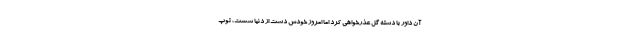
آن داور با دسته گل عذرخواهی کرد اما امروز خودش دست از دنیا شست، توپ